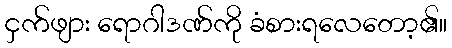
ငှက်ဖျား ရောဂါဒဏ်ကို ခံစားရလေတော့၏။